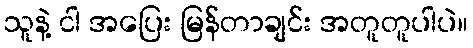
သူနဲ့ ငါ အပြေး မြန်တာချင်း အတူတူပါပဲ။